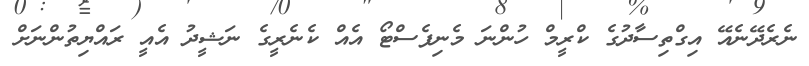
ނެެރެދޭނެއޭ އިގްތިސާދުގެ ކްރީމް ހުންނަ މެނިފެސްޓޯ އެއް ކެނެރީގެ ނަޝީދު އެއީ ރައްޔިތުންނަށް